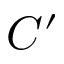
C ^ { \prime }